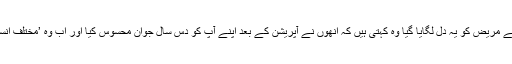
جس پہلے مریض کو یہ دل لگایا گیا وہ کہتی ہیں کہ انھوں نے آپریشن کے بعد اپنے آپ کو دس سال جوان محسوس کیا اور اب وہ ’مختلف انسان‘ ہیں۔